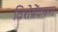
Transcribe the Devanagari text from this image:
विशेषेंकरून